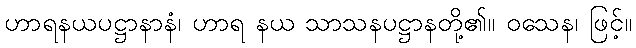
ဟာရနယပဋ္ဌာနာနံ၊ ဟာရ နယ သာသနပဋ္ဌာနတို့၏။ ဝသေန၊ ဖြင့်။